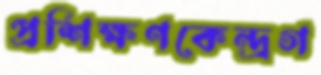
প্রশিক্ষণকেন্দ্রগ